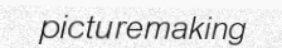
picturemaking